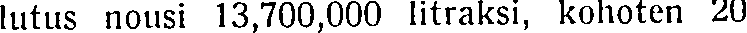
lutus nousi 13,700,000 litraksi, kohoten 20